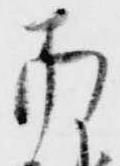
南